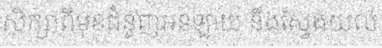
សិក្សាពីមុខជំនួញអនឡាយ និងស្វែងយល់